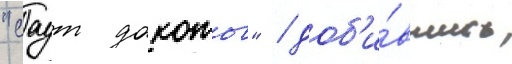
"саут дакоты" / доб'и́вшись